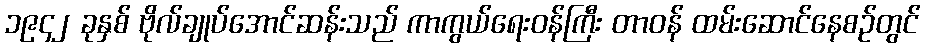
၁၉၄၂ ခုနှစ် ဗိုလ်ချုပ်အောင်ဆန်းသည် ကာကွယ်ရေးဝန်ကြီး တာဝန် ထမ်းဆောင်နေစဉ်တွင်